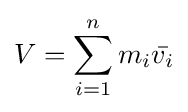
V=\sum _{i=1}^{n}m_{i}{\bar {v_{i}}}